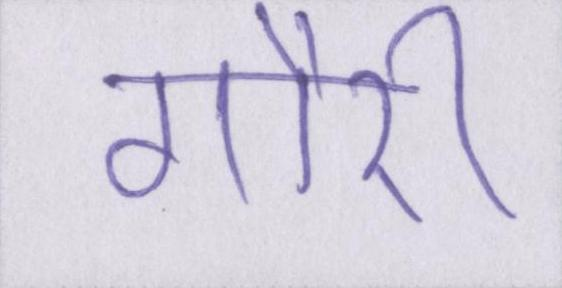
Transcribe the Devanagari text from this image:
गौरी